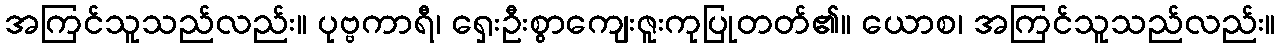
အကြင်သူသည်လည်း။ ပုဗ္ဗကာရီ၊ ရှေးဦးစွာကျေးဇူးကုပြုတတ်၏။ ယောစ၊ အကြင်သူသည်လည်း။